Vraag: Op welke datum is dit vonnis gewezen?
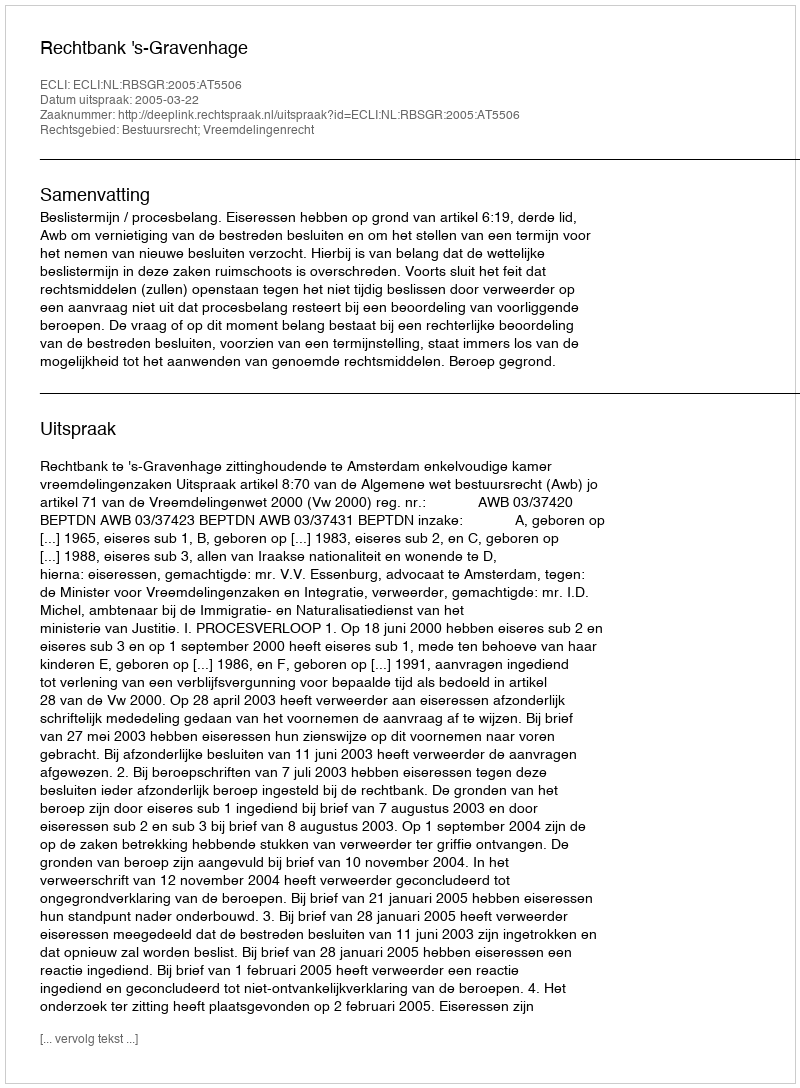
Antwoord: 2005-03-22